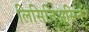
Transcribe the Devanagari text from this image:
लिसिनिअसिन